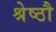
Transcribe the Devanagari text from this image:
श्रेष्ठौ